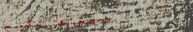
محل بيع الأثاث المنزلي ال